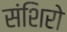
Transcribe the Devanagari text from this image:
संशिरो